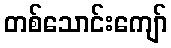
တစ်သောင်းကျော်